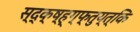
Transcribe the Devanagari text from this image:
स्द्क्ष्ह्ग्फ्तुय्त्कि